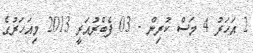
2 އަހަރު 4 މަސް ކުރިން - 03 ފެބްރުއަރީ 2013 މިއަހަރުގެ